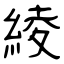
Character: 綾